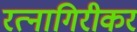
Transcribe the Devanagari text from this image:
रत्‍नागिरीकर